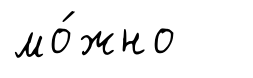
мо́жно